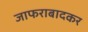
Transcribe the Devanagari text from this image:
जाफराबादकर